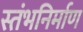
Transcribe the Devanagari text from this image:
स्तंभनिर्माण